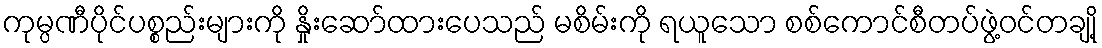
ကုမ္ပဏီပိုင်ပစ္စည်းများကို နှိုးဆော်ထားပေသည် မစိမ်းကို ရယူသော စစ်ကောင်စီတပ်ဖွဲ့ဝင်တချို့